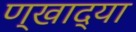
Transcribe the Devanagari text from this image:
ण्खाद्या